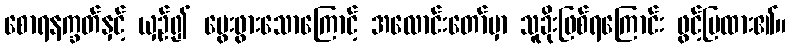
စောရနက္ခတ်နှင့် ယှဉ်၍ မွေးဖွားသောကြောင့် အလောင်းတော်မှာ သူခိုးဖြစ်ရကြောင်း ဖွင့်ပြထား၏။